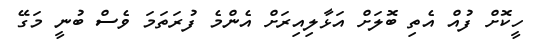
ހީކޮށް ފުއް އެތި ބޮލަށް އަޅާލިއިރަށް އެންމެ ފުރަތަމަ ވެސް ބުނީ މަގޭ